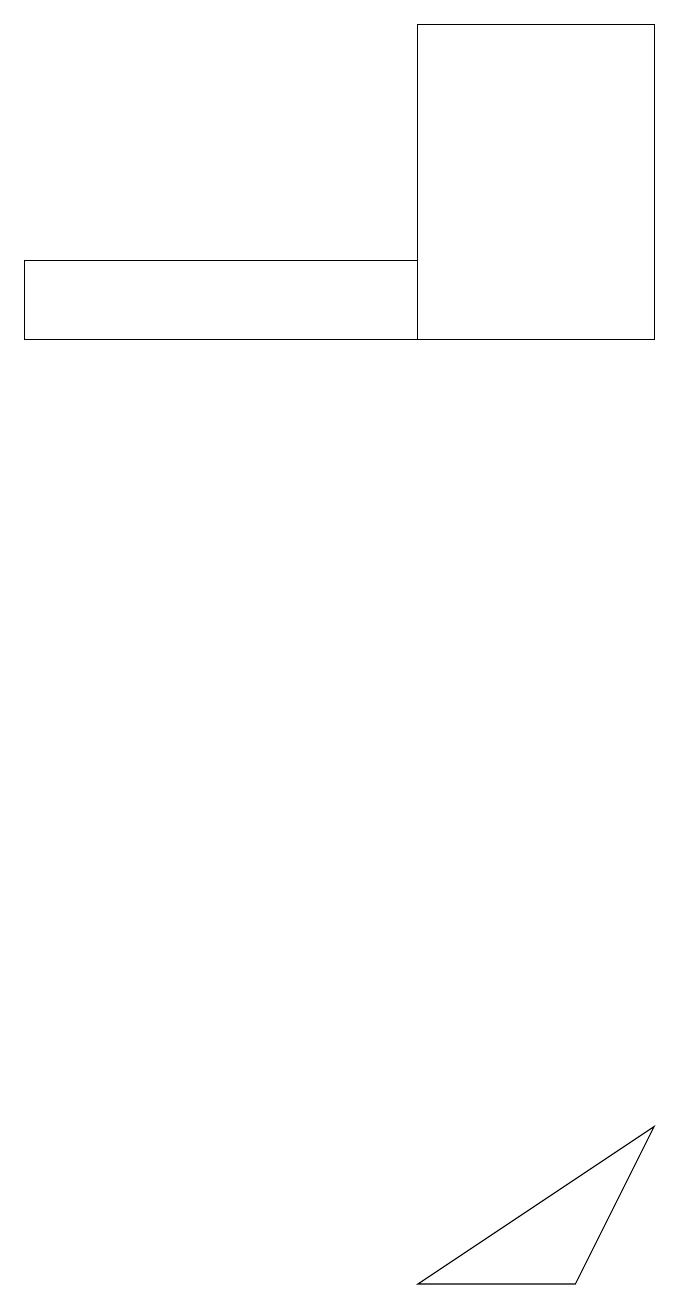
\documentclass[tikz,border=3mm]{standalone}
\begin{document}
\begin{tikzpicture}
\draw (8,3) -- (9,5) -- (6,3) -- cycle;
\draw (1,15) rectangle (6,16);
\draw (6,15) rectangle (9,19);
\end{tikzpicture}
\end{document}